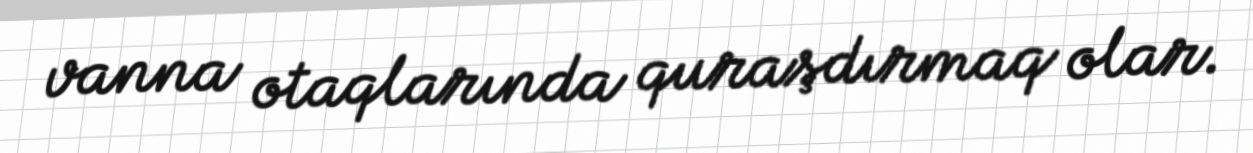
vanna otaqlarında quraşdırmaq olar.